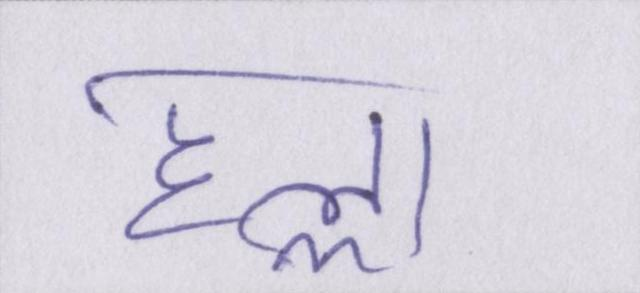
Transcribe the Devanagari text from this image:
हल्ला